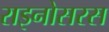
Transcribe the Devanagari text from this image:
राइनोसरस